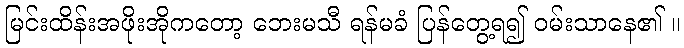
မြင်းထိန်းအဖိုးအိုကတော့ ဘေးမသီ ရန်မခံ ပြန်တွေ့ရ၍ ဝမ်းသာနေ၏ ။